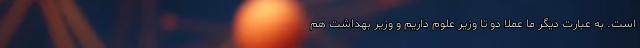
است. به عبارت دیگر ما عملاً دو تا وزیر علوم داریم و وزیر بهداشت هم